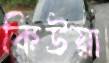
কিউয়া